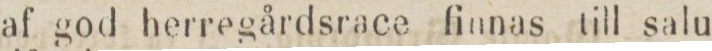
af god herregårdsrace finnas till salu